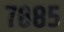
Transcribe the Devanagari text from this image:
७८८५